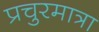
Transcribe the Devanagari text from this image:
प्रचुरमात्रा